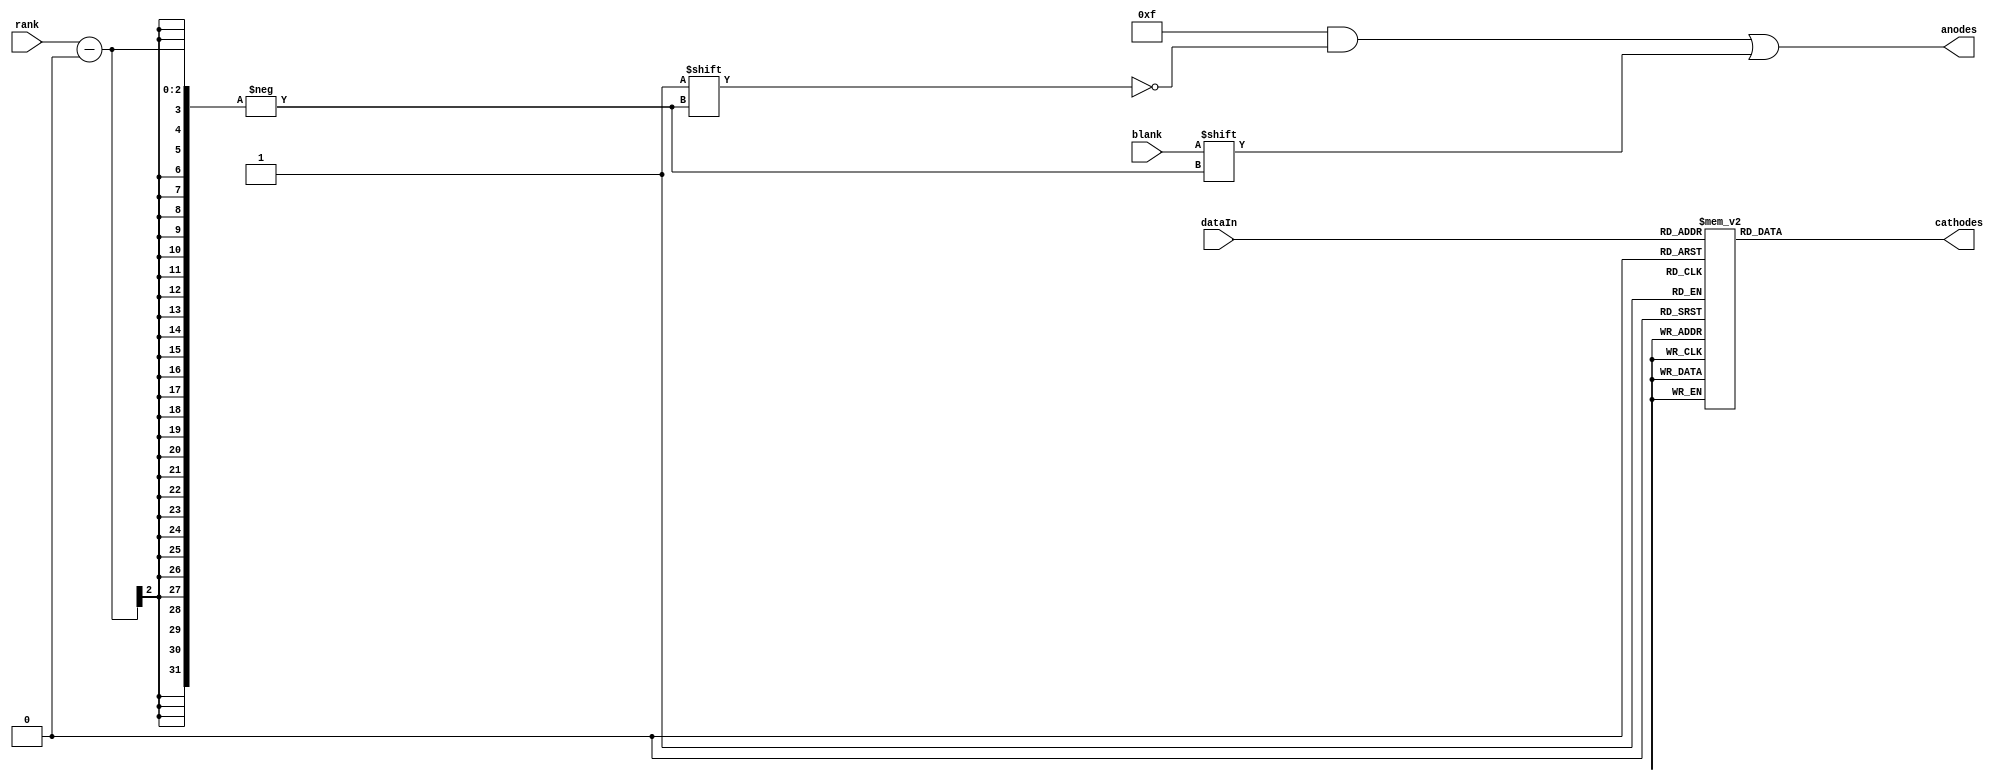
`timescale 1ns / 1ps
//////////////////////////////////////////////////////////////////////////////////
// Company: 
// Engineer: 
// 
// Design Name: 
// Module Name:    Digit 
// Project Name: 
// Target Devices: 
// Tool versions: 
// Description: 
//
// Dependencies: 
//
// Revision: 
// Revision 0.01 - File Created
// Additional Comments: 
//
//////////////////////////////////////////////////////////////////////////////////
module Digit(
    input [1:0] rank,
    input [3:0] dataIn,
    input blank,
    output reg [3:0] anodes,
    output reg [6:0] cathodes
    );

	always @(dataIn) begin
		case(dataIn)
			0: cathodes = 8'b1000000; 
			1: cathodes = 8'b1111001;
			2: cathodes = 8'b0100100;
			3: cathodes = 8'b0110000;
			4: cathodes = 8'b0011001; 
			5: cathodes = 8'b0010010; 
			6: cathodes = 8'b0000010;
			7: cathodes = 8'b1111000;
			8: cathodes = 8'b0000000;
			9: cathodes = 8'b0010000;
			13: cathodes = 8'b0100001;
			14: cathodes = 8'b0000110;
			15: cathodes = 8'b1111111;
			default : cathodes = 8'b1111111;
		endcase
	end
	
	always @(rank or blank) begin
		anodes = 4'b1111 ;
		anodes[rank] = blank;
	end

endmodule